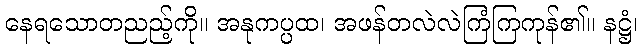
နေရသောတညည့်ကို။ အနုကပ္ပထ၊ အဖန်တလဲလဲကြံကြကုန်၏။ နဋ္ဌံ၊